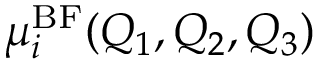
\mu _ { i } ^ { \mathrm { B F } } ( Q _ { 1 } , Q _ { 2 } , Q _ { 3 } )